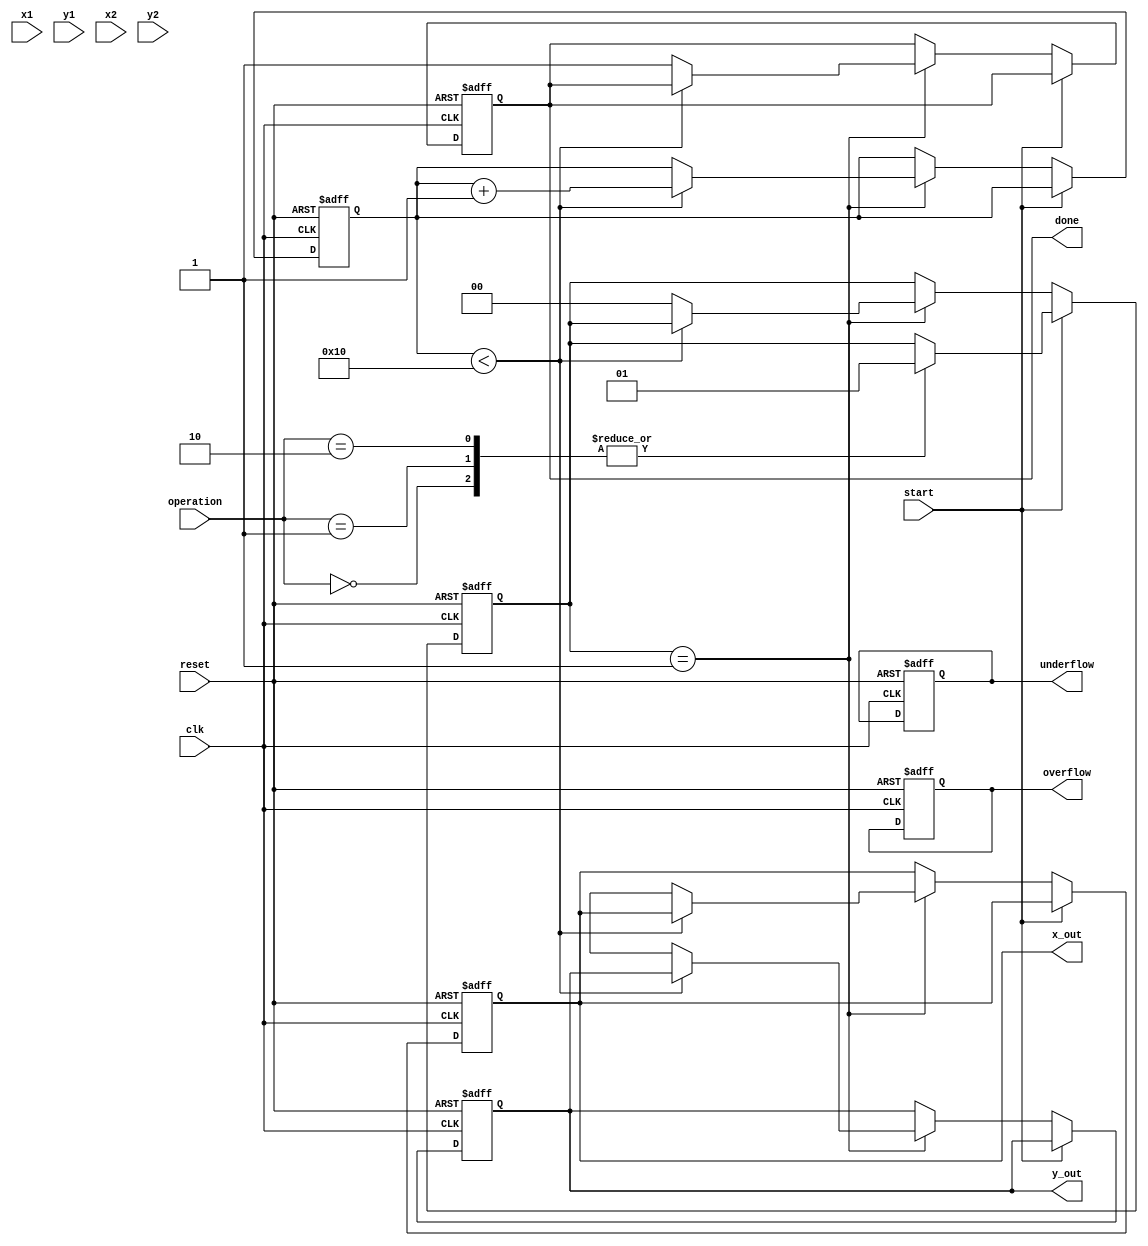
module Complex_CORDIC (
    input wire clk,
    input wire reset,
    input wire [15:0] x1, // Real part of first complex number
    input wire [15:0] y1, // Imaginary part of first complex number
    input wire [15:0] x2, // Real part of second complex number
    input wire [15:0] y2, // Imaginary part of second complex number
    input wire [1:0] operation, // 00: multiply, 01: divide, 10: square root
    input wire start,
    output reg [15:0] x_out, // Real part of output
    output reg [15:0] y_out, // Imaginary part of output
    output reg done, // Operation complete flag
    output reg overflow, // Overflow flag
    output reg underflow // Underflow flag
);

    // Constants for CORDIC
    parameter NUM_ITERATIONS = 16; // Number of iterations
    reg [15:0] atan_table [0:NUM_ITERATIONS-1]; // Lookup table for arctangent values
    reg [15:0] x [0:NUM_ITERATIONS-1]; // X values for iterations
    reg [15:0] y [0:NUM_ITERATIONS-1]; // Y values for iterations
    reg [15:0] z; // Angle accumulator
    reg [3:0] iteration; // Current iteration
    reg [1:0] state; // State machine for control logic

    // Initialize arctangent values
    initial begin
        atan_table[0] = 16'h0000; // atan(0)
        atan_table[1] = 16'h2000; // atan(1/2^1)
        atan_table[2] = 16'h1000; // atan(1/2^2)
        // ... Fill the rest of atan_table with appropriate values
    end

    // State machine for operation control
    always @(posedge clk or posedge reset) begin
        if (reset) begin
            done <= 0;
            overflow <= 0;
            underflow <= 0;
            iteration <= 0;
            state <= 0;
            x_out <= 0;
            y_out <= 0;
        end else if (start) begin
            case (operation)
                2'b00: begin // Multiplication
                    x[0] <= x1; 
                    y[0] <= y1;
                    z <= 0; // No initial angle
                    state <= 1;
                end
                2'b01: begin // Division
                    // Division logic here
                    state <= 1;
                end
                2'b10: begin // Square root
                    // Square root logic here
                    state <= 1;
                end
            endcase
        end else if (state == 1) begin
            if (iteration < NUM_ITERATIONS) begin
                // CORDIC iteration logic
                if (z < atan_table[iteration]) begin
                    x[iteration + 1] <= x[iteration] + (y[iteration] >> iteration);
                    y[iteration + 1] <= y[iteration] - (x[iteration] >> iteration);
                    z <= z + atan_table[iteration];
                end else begin
                    x[iteration + 1] <= x[iteration] - (y[iteration] >> iteration);
                    y[iteration + 1] <= y[iteration] + (x[iteration] >> iteration);
                    z <= z - atan_table[iteration];
                end
                iteration <= iteration + 1;
            end else begin
                // Final output assignment
                x_out <= x[NUM_ITERATIONS];
                y_out <= y[NUM_ITERATIONS];
                done <= 1;
                state <= 0;
            end
        end
    end

endmodule